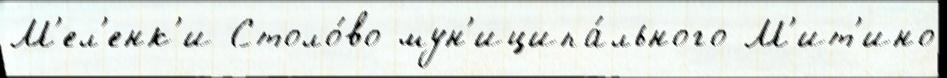
М'ел'енк'и Столо́во мун'иципа́льного М'ит'ино